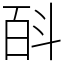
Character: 㪶